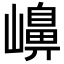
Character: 𡽶